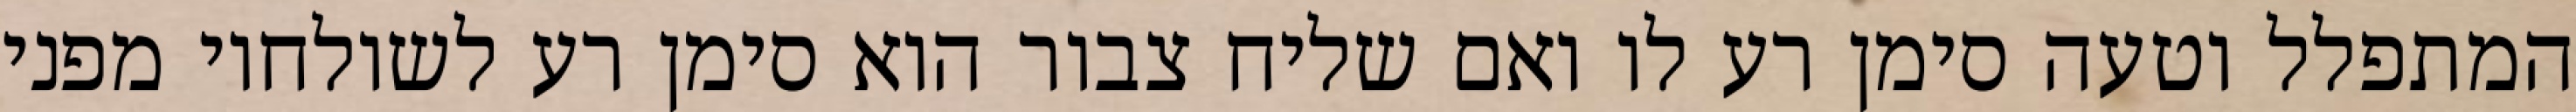
המתפלל וטעה סימן רע לו ואם שליח צבור הוא סימן רע לשולחיו מפני